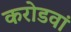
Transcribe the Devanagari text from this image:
करोडवां